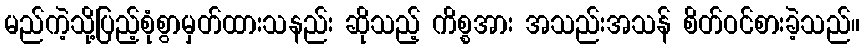
မည်ကဲ့သို့ပြည့်စုံစွာမှတ်ထားသနည်း ဆိုသည့် ကိစ္စအား အသည်းအသန် စိတ်ဝင်စားခဲ့သည်။